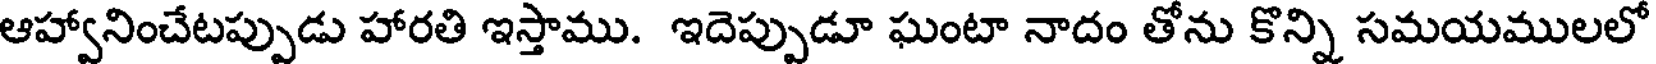
ఆహ్వానించేటప్పుడు హారతి ఇస్తాము. ఇదెప్పుడూ ఘంటా నాదం తోను కొన్ని సమయములలో